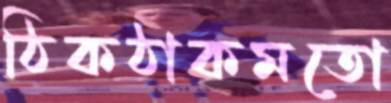
ঠিকঠাকমতো